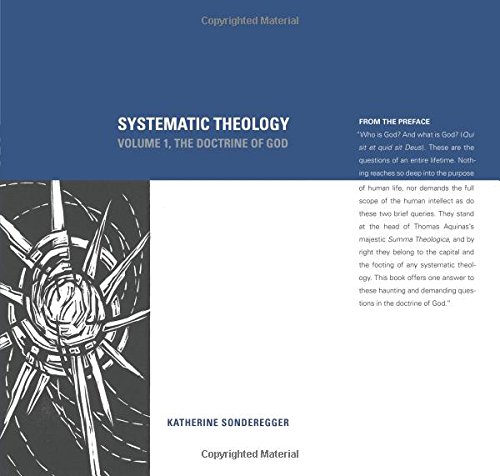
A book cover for Systematic Theology: The Doctrine of God, Volume 1; Katherine Sonderegger; Christian Books & Bibles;